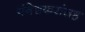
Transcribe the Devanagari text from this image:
मंगेशकरांसह